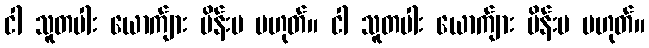
ငါ သူတပါး ယောက်ျား မိန်းမ မဟုတ်။ ငါ သူတပါး ယောက်ျား မိန်းမ မဟုတ်။